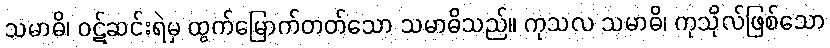
သမာဓိ၊ ဝဋ်ဆင်းရဲမှ ထွက်မြောက်တတ်သော သမာဓိသည်။ ကုသလ သမာဓိ၊ ကုသိုလ်ဖြစ်သော